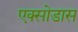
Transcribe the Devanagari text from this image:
एक्सोडास